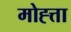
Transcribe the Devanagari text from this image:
मोह्त्ता